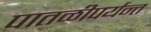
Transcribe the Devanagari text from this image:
पातळीपर्यन्त